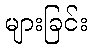
များခြင်း